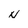
Character: N